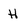
Character: H